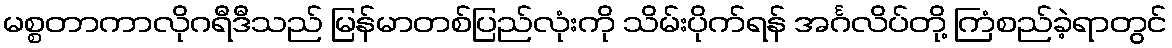
မစ္စတာကာလိုဂရီဒီသည် မြန်မာတစ်ပြည်လုံးကို သိမ်းပိုက်ရန် အင်္ဂလိပ်တို့ ကြံစည်ခဲ့ရာတွင်